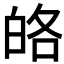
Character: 𤽥